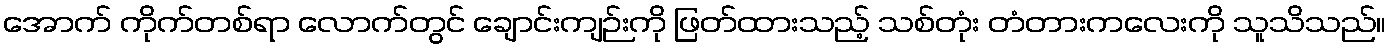
အောက် ကိုက်တစ်ရာ လောက်တွင် ချောင်းကျဉ်းကို ဖြတ်ထားသည့် သစ်တုံး တံတားကလေးကို သူသိသည်။